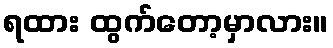
ရထား ထွက်တော့မှာလား။